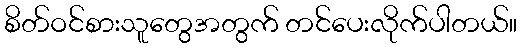
စိတ်ဝင်စားသူတွေအတွက် တင်ပေးလိုက်ပါတယ်။